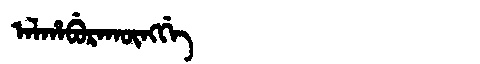
Manchu: ᠠᠯᡥᠠᠪᡠᡵᠠᡴᡡᠩᡤᡝ
Romanization: ALHABURAKŪNGGE